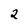
Character: 2